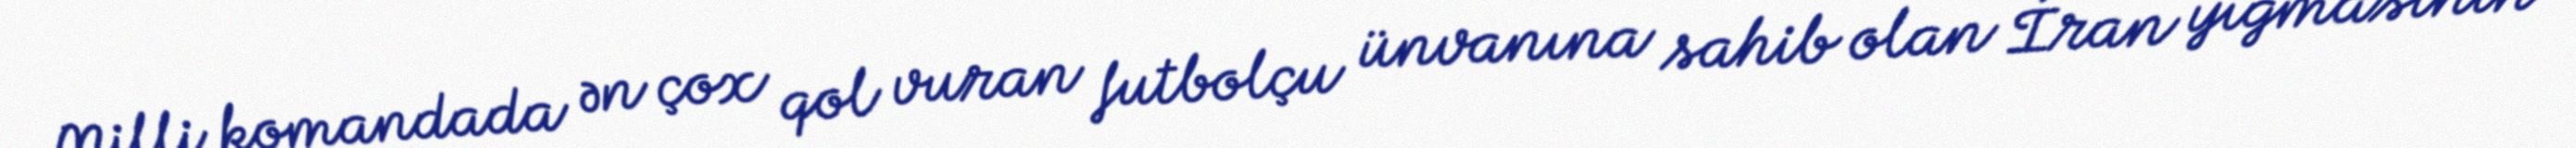
Milli komandada ən çox qol vuran futbolçu ünvanına sahib olan İran yığmasının